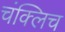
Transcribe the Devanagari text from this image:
चंक्लिच